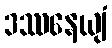
ဒဿနေယျံ